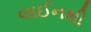
લાઈનથી